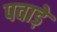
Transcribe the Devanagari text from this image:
पवाड़े